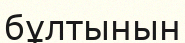
бұлтынын